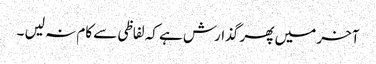
آخر میں پھر گذارش ہے کہ لفاظی سے کام نہ لیں ۔